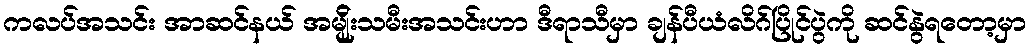
ကလပ်အသင်း အာဆင်နယ် အမျ်ိုးသမီးအသင်းဟာ ဒီရာသီမှာ ချန်ပီယံလိဂ်ပြိုင်ပွဲကို ဆင်နွဲရတော့မှာ